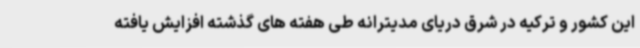
این کشور و ترکیه در شرق دریای مدیترانه طی هفته های گذشته افزایش یافته